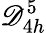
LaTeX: \mathscr{D}_{4h}^{5}